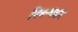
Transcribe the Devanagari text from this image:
निबन्धकर